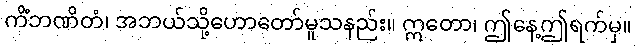
ကိံဘဏိတံ၊ အဘယ်သို့ဟောတော်မူသနည်း။ ဣတော၊ ဤနေ့ဤရက်မှ။